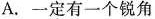
A.一定有一个锐角